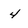
Character: 4